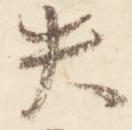
失